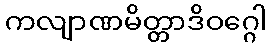
ကလျာဏမိတ္တာဒိဝဂ္ဂေါ